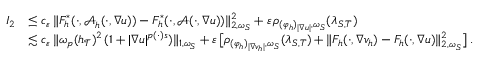
\begin{array} { r l } { I _ { 2 } } & { \leq c _ { \varepsilon } \, \| F _ { h } ^ { * } ( \cdot , \boldsymbol { \mathcal { A } } _ { h } ( \cdot , \nabla u ) ) - F _ { h } ^ { * } ( \cdot , \boldsymbol { \mathcal { A } } ( \cdot , \nabla u ) ) \| _ { 2 , \omega _ { S } } ^ { 2 } + \varepsilon \, \rho _ { ( \varphi _ { h } ) _ { \vert \nabla u \vert } , \omega _ { S } } ( \lambda _ { S , T } ) } \\ & { \lesssim c _ { \varepsilon } \, \| \omega _ { p } ( h _ { \mathcal { T } } ) ^ { 2 } \, ( 1 + \vert \nabla u \vert ^ { p ( \cdot ) s } ) \| _ { 1 , \omega _ { S } } + \varepsilon \, \big [ \rho _ { ( \varphi _ { h } ) _ { \vert \nabla v _ { h } \vert } , \omega _ { S } } ( \lambda _ { S , T } ) + \| F _ { h } ( \cdot , \nabla v _ { h } ) - F _ { h } ( \cdot , \nabla u ) \| _ { 2 , \omega _ { S } } ^ { 2 } \big ] \, . } \end{array}